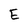
Character: E